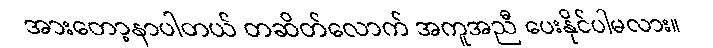
အားတော့နာပါတယ် တဆိတ်လောက် အကူအညီ ပေးနိုင်ပါမလား။